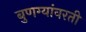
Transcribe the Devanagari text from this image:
बुणग्यांवरती